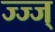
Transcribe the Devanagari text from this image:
ज्ज्ज्